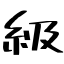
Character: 級